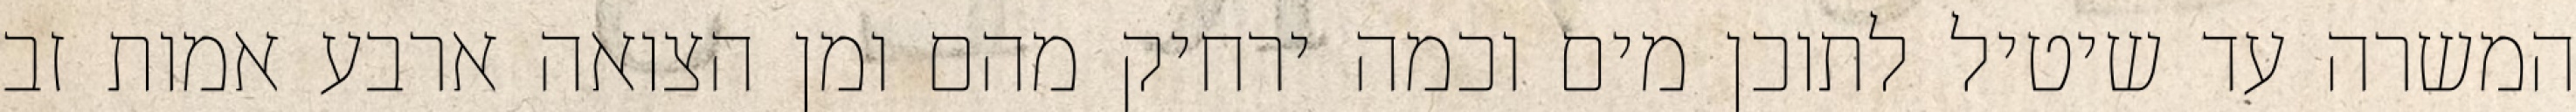
המשרה עד שיטיל לתוכן מים וכמה ירחיק מהם ומן הצואה ארבע אמות זב